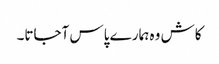
کاش وہ ہمارے پاس آجاتا۔